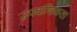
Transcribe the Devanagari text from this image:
उपवांशिकता